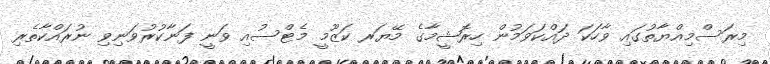
މިރަސްމިއްޔާތުގައި ވާހަކަ ދައްކަވަމުން ހިރޮޝީމާގެ މޭޔަރ ކަޒޫމީ މެޓްސުއި ވަނީ ފަނާކުރުވަނިވި ނުރައްކާތެރި